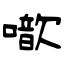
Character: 噷